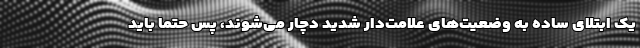
یک ابتلای ساده به وضعیت‌های علامت‌دار شدید دچار می‌شوند، پس حتما باید